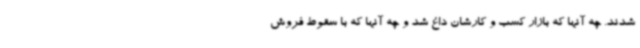
شدند. چه آنها که بازار کسب و کارشان داغ شد و چه آنها که با سقوط فروش